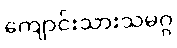
ကျောင်းသားသမဂ္ဂ